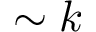
\sim k